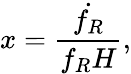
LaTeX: x=\frac{\dot{f_{R}}}{f_{R}H},